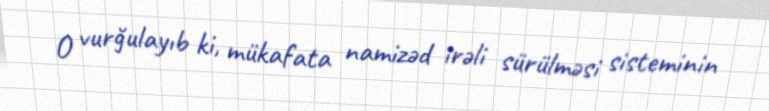
O vurğulayıb ki, mükafata namizəd irəli sürülməsi sisteminin